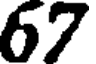
67